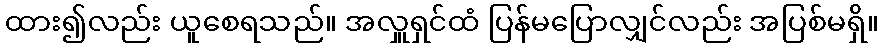
ထား၍လည်း ယူစေရသည်။ အလှူရှင်ထံ ပြန်မပြောလျှင်လည်း အပြစ်မရှိ။